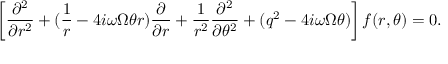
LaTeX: \left[ \frac { \partial ^ { 2 } } { \partial r ^ { 2 } } + ( \frac { 1 } { r } - 4 i \omega \Omega \theta r ) \frac { \partial } { \partial r } + \frac { 1 } { r ^ { 2 } } \frac { \partial ^ { 2 } } { \partial \theta ^ { 2 } } + ( q ^ { 2 } - 4 i \omega \Omega \theta ) \right] f ( r , \theta ) = 0 .